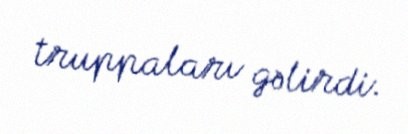
truppaları gəlirdi.